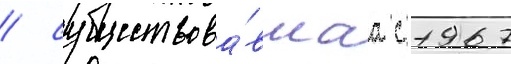
/ существова́вшаа с 1967